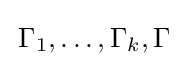
\,\Gamma _{1},\dots ,\Gamma _{k},\Gamma